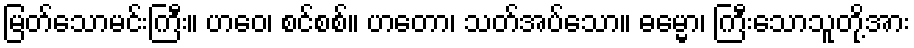
မြတ်သောမင်းကြီး။ ဟဝေ၊ စင်စစ်။ ဟတော၊ သတ်အပ်သော။ ဓမ္မော၊ ကြီးသောသူတို့အား